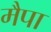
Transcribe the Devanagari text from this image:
मैपा